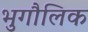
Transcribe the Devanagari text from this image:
भुगौलिक